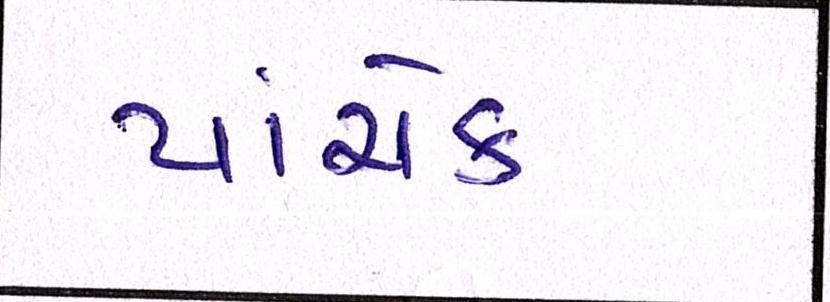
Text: પાંચેક